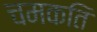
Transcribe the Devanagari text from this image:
चमकति